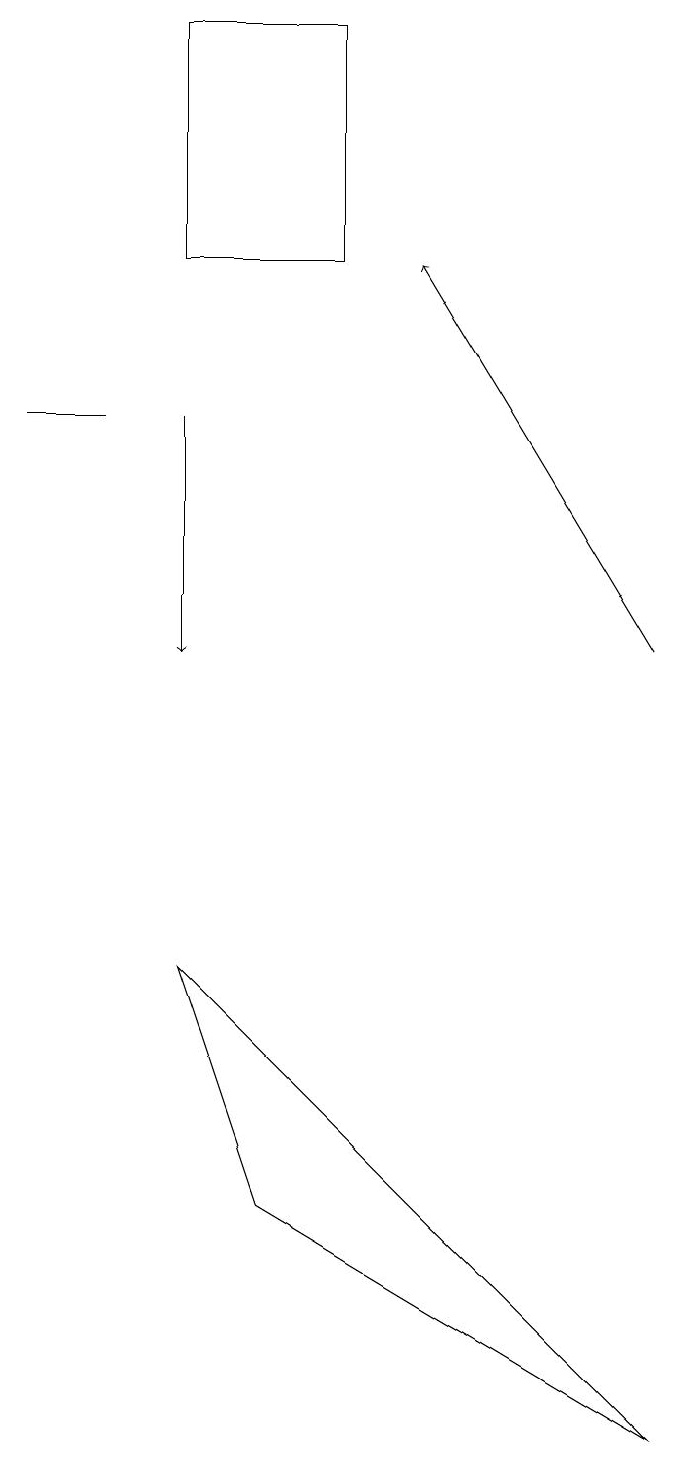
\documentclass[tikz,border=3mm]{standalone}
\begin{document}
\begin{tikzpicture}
\draw (3,3) -- (2,6) -- (8,0) -- cycle;
\draw (1,13) rectangle (0,13);
\draw (4,15) rectangle (2,18);
\draw[->] (2,13) -- (2,10);
\draw[->] (8,10) -- (5,15);
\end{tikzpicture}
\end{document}